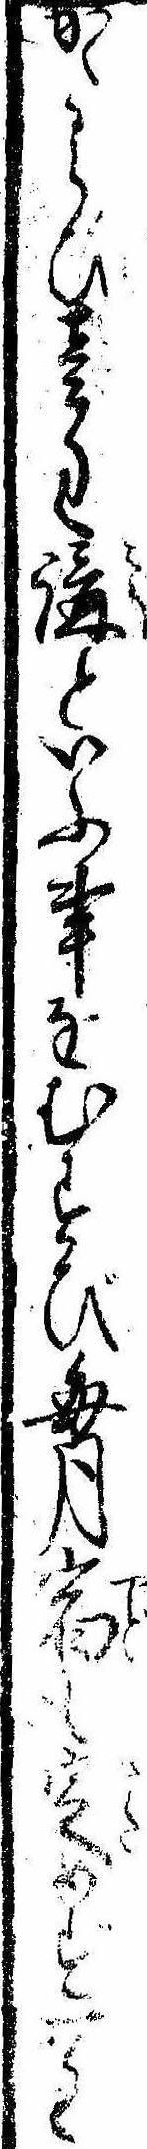
からひ壱匁講といふ事をむすび毎月宿も定めず一匁